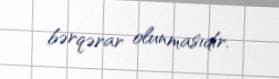
bərqərar olunmasıdır.